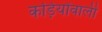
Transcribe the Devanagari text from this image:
कड़ियोंवाली